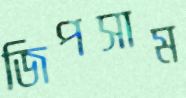
জিপসাম